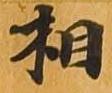
相